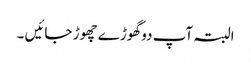
البتہ آپ دو گھوڑے چھوڑ جائیں ۔